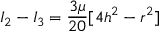
I _ { 2 } - I _ { 3 } = \frac { 3 \mu } { 2 0 } [ 4 h ^ { 2 } - r ^ { 2 } ]